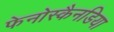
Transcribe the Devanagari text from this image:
फेनोस्कैनडिया